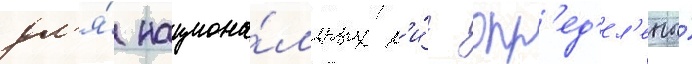
дл'я́ национа́льных л'и́г опр'ед'ел'ены́